Scottish Certificate of Education, 1963
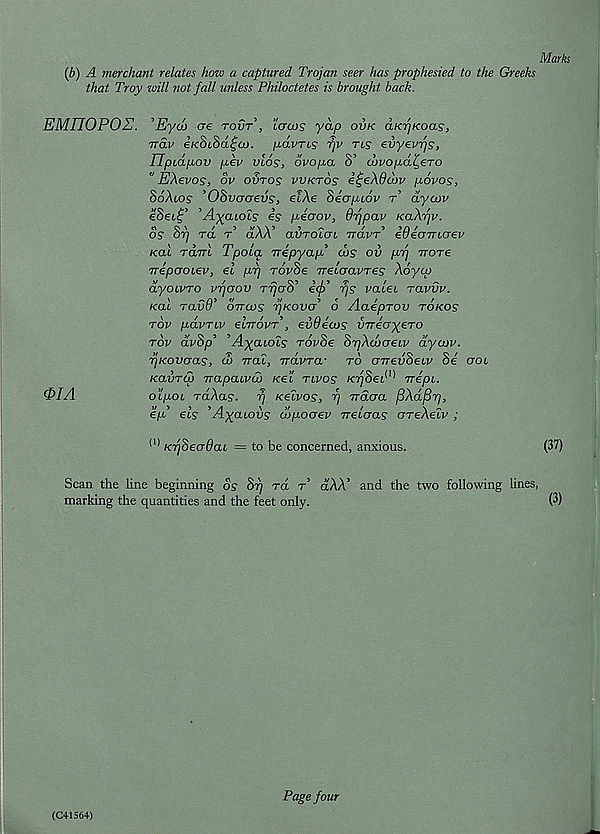
(b) A merchant relates how a captured Trojan seer has prophesied to the Greeks
that Troy will not fall unless Philoctetes is brought back.
EMHOPOZ.
0IA
’Eyco ere tovt , locos yap ovk aKYjKoas,
Ttav ercStSa^o). pavres fjv ns evyevfj?,
IfpLapov pev vlos, ovopa S’ cbvopd^ero
" EXevos, ov ovtos vvktos i^eXOtbv povos,
SoXlos ’OSvaaevs, elXe Siapiov r’ dycuv
eSec^’ ’A)(aLols is piaov, dfjpav KaXfjv.
os or) ra r aAA avroLcn ttclvt eueamoev
Kal tcltfl Tpola nepyap’ ojs ov pfj ttotc
Trepaoiev, el pr] rovSe Trelaavres Xoyoj
dyoLvro vf/crav TrjaS’ itfS fjs valet ravvv.
kol ravO’ ottcos rjicovo’ 6 Aaeprov tokos
tov pdvTtv etJTovT , evdecos VTreayeTO
tov avop /i^aiOis rovoe orjAcocreiv ayoov.
fjKovaas, & real, Travra- to GTrevSetv Se Got
KavTqj Trapatveo Ke’t rtvos KT/Set^ rrept.
o’tpot TaXas. fj Kelvos, rj Trdaa fiXafir],
ep’ els ’Agatovs cvpoaev Trelaas areXetv ;
(i) KTjSeGQat = to be concerned, anxious.
Scan the line beginning os Srj ra r’ aAA’ and the two following lines,
marking the quantities and the feet only.
(C+1564)
Page four